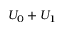
U _ { 0 } + U _ { 1 }